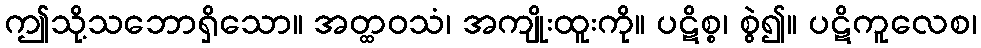
ဤသို့သဘောရှိသော။ အတ္ထဝသံ၊ အကျိုးထူးကို။ ပဋိစ္စ၊ စွဲ၍။ ပဋိကူလေစ၊